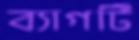
ব্যাগটি